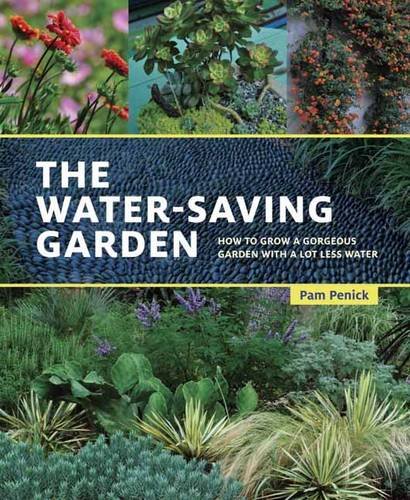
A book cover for The Water-Saving Garden: How to Grow a Gorgeous Garden with a Lot Less Water; Pam Penick; Crafts, Hobbies & Home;